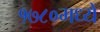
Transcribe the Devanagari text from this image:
१७८०मध्ये